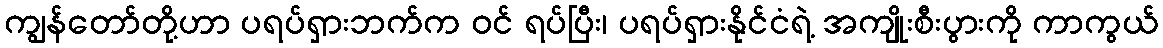
ကျွန်တော်တို့ဟာ ပရပ်ရှားဘက်က ဝင် ရပ်ပြီး၊ ပရပ်ရှားနိုင်ငံရဲ့ အကျိုးစီးပွားကို ကာကွယ်